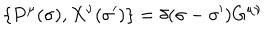
{ \lbrace P ^ { \mu } ( \sigma ) , X ^ { \nu } ( \sigma ^ { \prime } ) \rbrace } = \delta ( \sigma - \sigma ^ { \prime } ) G ^ { \mu \nu }